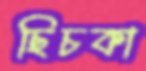
ছিচকা